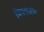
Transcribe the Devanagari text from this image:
पिपराजीन